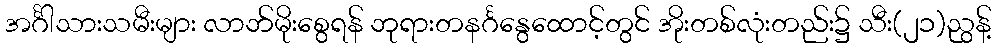
အင်္ဂါသားသမီးများ လာဘ်မိုးစွေရန် ဘုရားတနင်္ဂနွေထောင့်တွင် အိုးတစ်လုံးတည်း၌ သီး(၂၁)ညွန့်